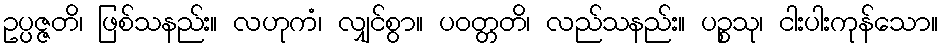
ဥပ္ပဇ္ဇတိ၊ ဖြစ်သနည်း။ လဟုကံ၊ လျှင်စွာ။ ပဝတ္တတိ၊ လည်သနည်း။ ပဉ္စသု၊ ငါးပါးကုန်သော။